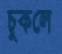
চুকলে